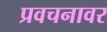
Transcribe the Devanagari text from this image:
प्रवचनावर